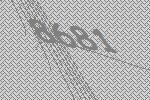
8681